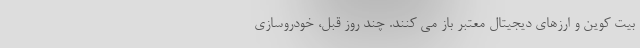
بیت کوین و ارزهای دیجیتال معتبر باز می کنند. چند روز قبل، خودروسازی